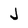
Character: J